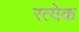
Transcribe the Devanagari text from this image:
रत्येक